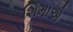
શિમાએ